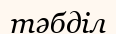
тәбділ